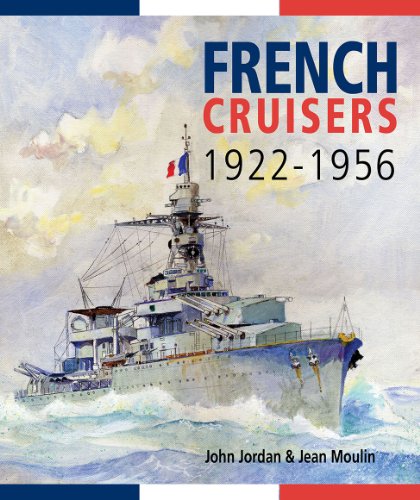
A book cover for French Cruisers, 1922-1956; John Jordan; Arts & Photography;